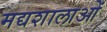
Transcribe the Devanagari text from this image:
मद्यशालाओं